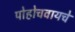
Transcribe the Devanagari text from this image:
पोहोचवायचे